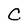
Character: C